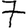
Digit: 7